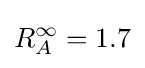
R_{A}^{\infty }=1.7